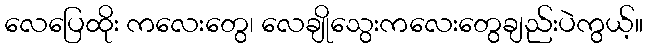
လေပြေထိုး ကလေးတွေ၊ လေချိုသွေးကလေးတွေချည်းပဲကွယ့်။